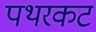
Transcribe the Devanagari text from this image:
पथरकट